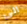
الى